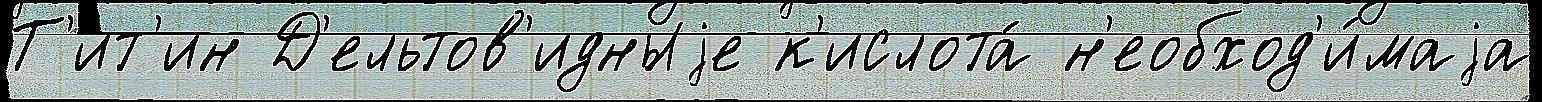
Т'ит'ин Д'ельтов'идныjе к'ислота́ н'еобход'и́маjа